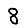
Digit: 8